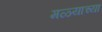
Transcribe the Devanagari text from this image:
मळ्याच्या